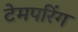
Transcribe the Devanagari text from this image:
टेमपरिंग